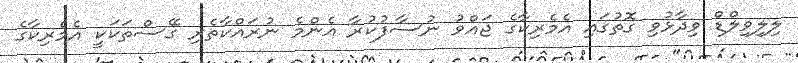
ލިލިވިލްޑް ވިދާޅުވި ގޮތުގައި އެމެރިކާގެ ޖައްވު ނުސާފުކުރާ އެންމެ ނުރައްކާތެރި ގޭސްތަކަކީ އެމެރިކާގެ